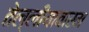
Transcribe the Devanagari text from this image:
तेल्लीयावारम